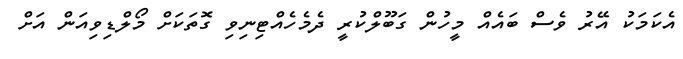
އެކަމަކު އޭރު ވެސް ބައެއް މީހުން ގަބޫލްކުރީ ދެމެހެއްޓިނިވި ގޮތަކަށް މޯލްޑިވިއަން އަށް